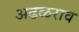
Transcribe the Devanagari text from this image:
अढळराव